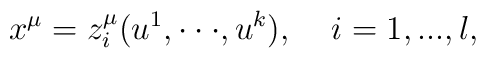
x^\mu =z_i^\mu (u^1,\cdot \cdot \cdot ,u^k),\;\;\;\;i=1,...,l,